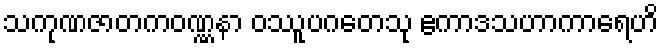
သကုဏဇာတကဝဏ္ဏနာ ဝဿူပဂတေသု ဧကာဒသဟာကာရေဟိ